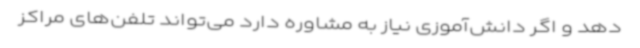
دهد و اگر دانش‌آموزی نیاز به مشاوره دارد می‌تواند تلفن‌های مراکز